Annual administration and progress report of the Indian Medical Department, Bombay
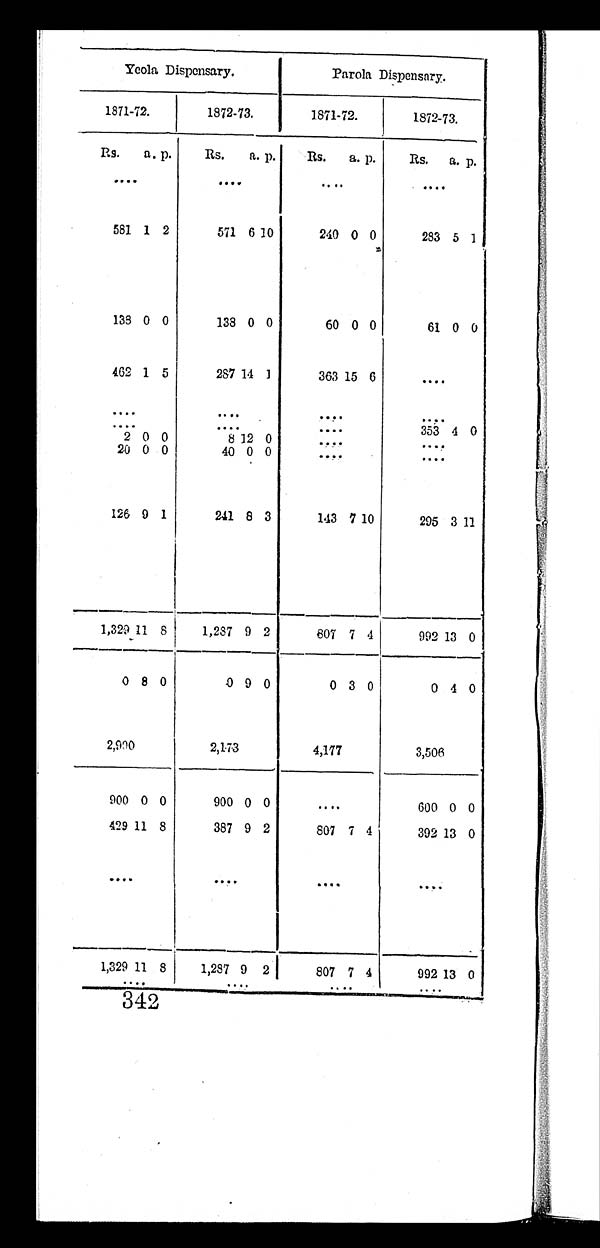
Yeola Dispensary.
Parola Dispensary.
1871-72.
1872-73.
1871-72.
1872-73.
Rs.
a. p.
Rs.
a. p.
Rs. a. p.
Rs. a. p.
. . .
. . .
. . .
. . .
581 1 2
571 6 10
240 0 0
283 5 1
138 0 0
138 0 0
60 0 0
61 0 0
462 1 5
287 14 1
363 15 6
. . .
. . .
. . .
. . .
. . .
. . .
. . .
. . .
353 4 0
2 0 0
8
12 0
. . .
. . .
20 0 0
40 0 0
. . .
. . .
126 9 1
241 8 3
143 7 10
295 3 11
1,329 1 1 8
1,237 9 2
807 7 4
992 13 0
0 8 0
0 9 0
0 3 0
0 4 0
2,900
2,173
4,177
3,506
900 0 0
900 0 0
. . .
600 0 0
429 11 8
387 9 2
807 7 4
392 13 0
. . .
. . .
. . .
. . .
1 , 3 2 9
11 8
1,287 9 2
807 7 4
992 13 0
. . .
. . .
. . .
. . .
342